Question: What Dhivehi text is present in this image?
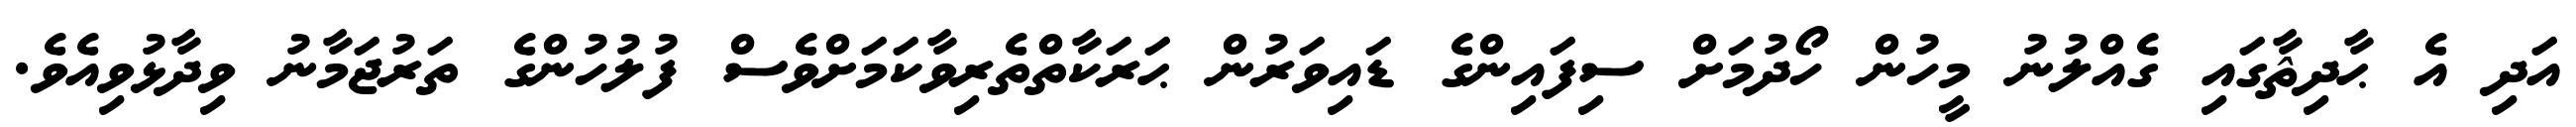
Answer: އަދި އެ ޙާދިޘާގައި ގެއްލުނު މީހުން ހޯދުމަށް ސިފައިންގެ ޑައިވަރުން ޙަރަކާތްތެރިވާކަމަށްވެސް ފުލުހުންގެ ތަރުޖަމާނު ވިދާޅުވިއެވެ.